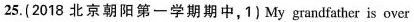
25.(2018 北京朝阳第一学期期中,1) My grandfather is over